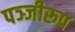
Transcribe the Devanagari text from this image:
पञ्जीरूप